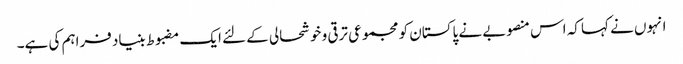
انہوں نے کہا کہ اس منصوبے نے پاکستان کو مجموعی ترقی و خوشحالی کے لئے ایک مضبوط بنیاد فراہم کی ہے۔